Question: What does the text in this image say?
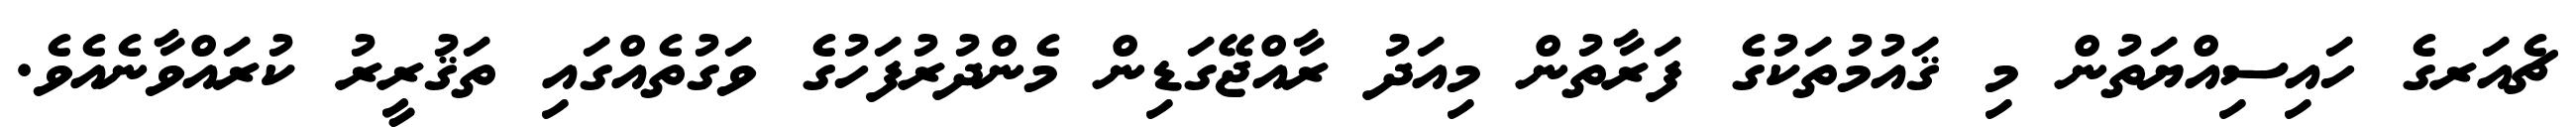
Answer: ޗެއަރގެ ހައިސިއްޔަތުން މި ޤައުމުތަކުގެ ފަރާތުން މިއަދު ރާއްޖޭގަޑިން މެންދުރުފަހުގެ ވަގުތެއްގައި ތަޤުރީރު ކުރައްވާނެއެވެ.